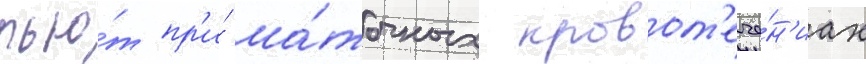
пью́т пр'и́ ма́точных кровот'ече́н'иах